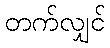
တက်လျှင်